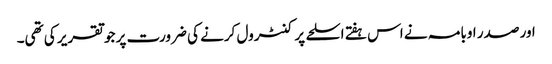
اور صدر اوبامہ نے اس ہفتے اسلحے پر کنٹرول کرنے کی ضرورت پر جو تقریر کی تھی۔